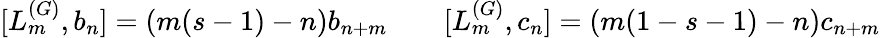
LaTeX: [L_{m}^{(G)},b_{n}]=(m(s-1)-n)b_{n+m}\qquad[L_{m}^{(G)},c_{n}]=(m(1-s-1)-n)c_{n+m}